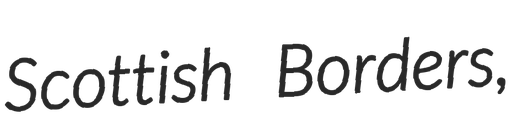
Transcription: Scottish Borders,